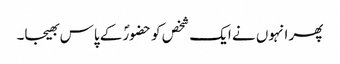
پھر انہوں نے ایک شخص کو حضورؐ کے پاس بھیجا۔